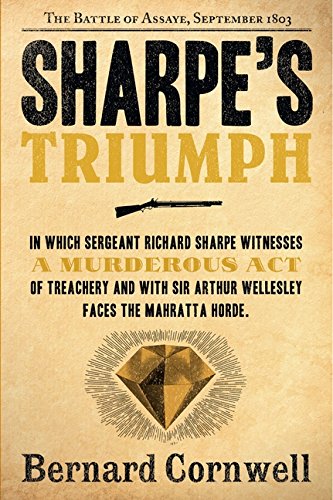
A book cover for Sharpe's Triumph: Richard Sharpe and the Battle of Assaye, September 1803 (Richard Sharpe's Adventure Series #2); Bernard Cornwell; Literature & Fiction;